Annual administration and progress report of the Indian Medical Department, Bombay
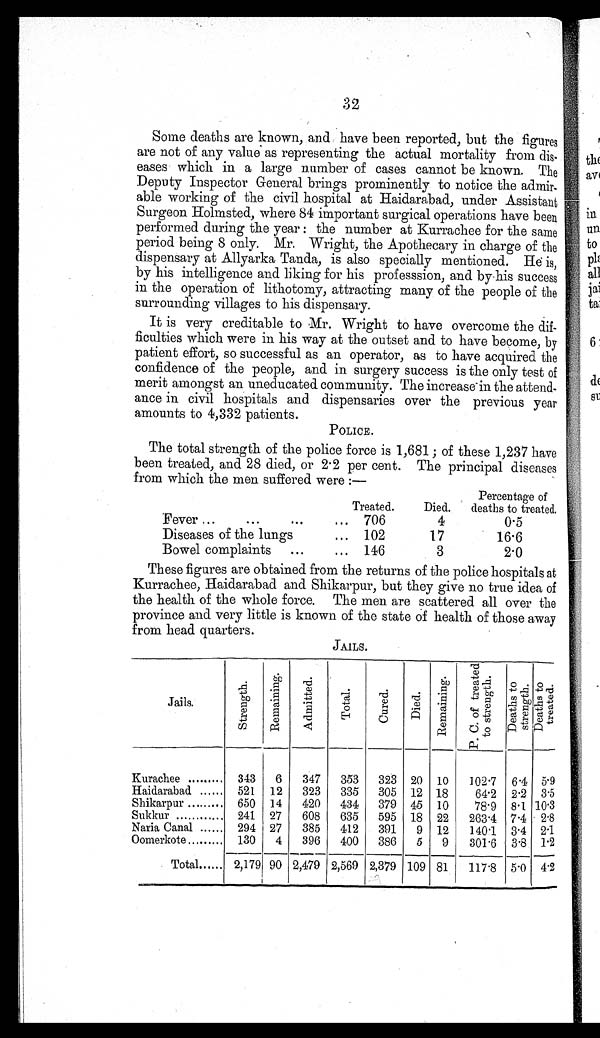
32
Some deaths are known, and have been reported, but the figures
are not of any value as representing the actual mortality from dis-
eases which in a large number of cases cannot be known. The
Deputy Inspector General brings prominently to notice the admir-
able working of the civil hospital at Haidarabad, under Assistant
Surgeon Holmsted, where 84 important surgical operations have been
performed during the year : the number at Kurrachee for the same
period being 8 only. Mr. Wright, the Apothecary in charge of the
dispensary at Allyarka Tanda, is also specially mentioned. He is,
by his intelligence and liking for his professsion, and by his success
in the operation of lithotomy, attracting many of the people of the
surrounding villages to his dispensary.
It is very creditable to Mr. Wright to have overcome the dif-
ficulties which were in his way at the outset and to have become, by
patient effort, so successful as an operator, as to have acquired the
confidence of the people, and in surgery success is the only test of
merit amongst an uneducated community. The increase in the attend-
ance in civil hospitals and dispensaries over the previous year
amounts to 4,332 patients.
POLICE.
The total strength of the police force is 1,681; of these 1,237 have
been treated, and 28 died, or 2 . 2 per cent. The principal diseases
from which the men suffered were :—
Treated.
Died.
Percentage of
deaths to treated.
Fever ... ...
...
... 706
4
0.5
Diseases of the lungs
... 102
17
16.6
Bowel complaints ...
... 146
3
2.0
These figures are obtained from the returns of the police hospitals at
Kurrachee, Haidarabad and Shikarpur, but they give no true idea of
the health of the whole force. The men are scattered all over the
province and very little is known of the state of health of those away
from head quarters.
JAILS.
Jails.
S t r e n g t h .
R e m a i n i n g .
A d m i t t e d .
T o t a l .
C u r e d .
Di ed.
R e m a i n i n g .
P . C . o f t r e a t e d
t o s t r e n g t h .
Deat hs t o sr engt h.
D e a t h s t o
t r e a t e d .
Kurachee
343
6
347
353
323 20
10
102.7
6.4
5.9
Haidarabad
521
12
323
335
305 12 18
64.2
2.2
3.5
10.3
Shikarpur
650
14
420
434
379 45
10
78.9
8.1
Sukkur
241
27
608
635
595
18
22
263.4
7.4
2.8
294 27
412
2.1
385
391
9
12
140 .1
Naria Canal
3 . 4
Oomerkote
130
4
396
400
386
5
9
301 . 6
3 .8
1.2
Total
2,179 90 2,479 2,569 2,379 109 81
117.8
5.0
4.2